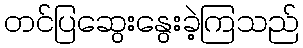
တင်ပြဆွေးနွေးခဲ့ကြသည်